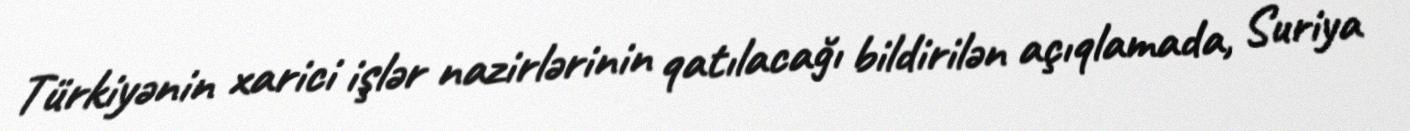
Türkiyənin xarici işlər nazirlərinin qatılacağı bildirilən açıqlamada, Suriya